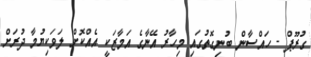
ގުރޫޕް - ހައްސާން ބުނިގޮތުގައި މިހާރު އޭނާގެ އަމާޒަކީ އެއްކޮށް ލަވަކިޔުމާ ދުރަށް